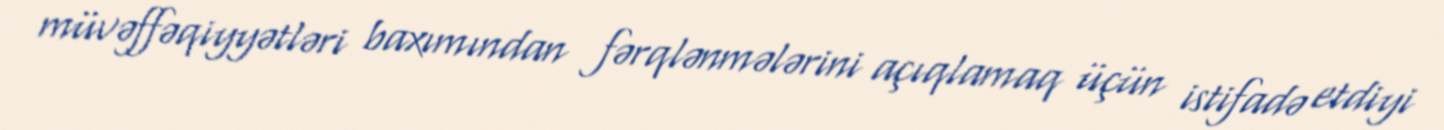
müvəffəqiyyətləri baxımından fərqlənmələrini açıqlamaq üçün istifadə etdiyi